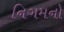
નિગમનો